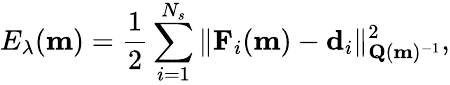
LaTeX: E_{\lambda}(\mathbf{m})=\frac 12\sum_{i=1}^{N_{s}}\| \mathbf{F}_{i}(\mathbf{m})-\mathbf{d}_{i}\| _{\mathbf{Q}(\mathbf{m})^{-1}}^{2},